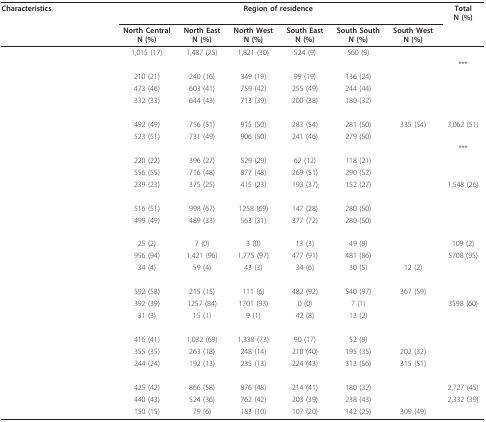
<table><thead><tr><td><b>Characteristics</b></td><td colspan="6"><b>Region of residence</b></td><td><b>TotalN (%)</b></td></tr><tr><td>[EMPTY_CELL]</td><td><b>North CentralN (%)</b></td><td><b>North EastN (%)</b></td><td><b>North WestN (%)</b></td><td><b>South EastN (%)</b></td><td><b>South SouthN (%)</b></td><td><b>South WestN (%)</b></td><td>[EMPTY_CELL]</td></tr></thead><tbody><tr><td>[EMPTY_CELL]</td><td>1,015 (17)</td><td>1,487 (25)</td><td>1,821 (30)</td><td>524 (9)</td><td>560 (9)</td><td>[EMPTY_CELL]</td><td>[EMPTY_CELL]</td></tr><tr><td>[EMPTY_CELL]</td><td>[EMPTY_CELL]</td><td>[EMPTY_CELL]</td><td>[EMPTY_CELL]</td><td>[EMPTY_CELL]</td><td>[EMPTY_CELL]</td><td>[EMPTY_CELL]</td><td>***</td></tr><tr><td>[EMPTY_CELL]</td><td>210 (21)</td><td>240 (16)</td><td>349 (19)</td><td>99 (19)</td><td>136 (24)</td><td>[EMPTY_CELL]</td><td>[EMPTY_CELL]</td></tr><tr><td>[EMPTY_CELL]</td><td>473 (46)</td><td>603 (41)</td><td>759 (42)</td><td>255 (49)</td><td>244 (44)</td><td>[EMPTY_CELL]</td><td>[EMPTY_CELL]</td></tr><tr><td>[EMPTY_CELL]</td><td>332 (33)</td><td>644 (43)</td><td>713 (39)</td><td>200 (38)</td><td>180 (32)</td><td>[EMPTY_CELL]</td><td>[EMPTY_CELL]</td></tr><tr><td>[EMPTY_CELL]</td><td>[EMPTY_CELL]</td><td>[EMPTY_CELL]</td><td>[EMPTY_CELL]</td><td>[EMPTY_CELL]</td><td>[EMPTY_CELL]</td><td>[EMPTY_CELL]</td><td>[EMPTY_CELL]</td></tr><tr><td>[EMPTY_CELL]</td><td>492 (49)</td><td>756 (51)</td><td>915 (50)</td><td>283 (54)</td><td>281 (50)</td><td>335 (54)</td><td>3,062 (51)</td></tr><tr><td>[EMPTY_CELL]</td><td>523 (51)</td><td>731 (49)</td><td>906 (50)</td><td>241 (46)</td><td>279 (50)</td><td>[EMPTY_CELL]</td><td>[EMPTY_CELL]</td></tr><tr><td>[EMPTY_CELL]</td><td>[EMPTY_CELL]</td><td>[EMPTY_CELL]</td><td>[EMPTY_CELL]</td><td>[EMPTY_CELL]</td><td>[EMPTY_CELL]</td><td>[EMPTY_CELL]</td><td>***</td></tr><tr><td>[EMPTY_CELL]</td><td>220 (22)</td><td>396 (27)</td><td>529 (29)</td><td>62 (12)</td><td>118 (21)</td><td>[EMPTY_CELL]</td><td>[EMPTY_CELL]</td></tr><tr><td>[EMPTY_CELL]</td><td>556 (55)</td><td>716 (48)</td><td>877 (48)</td><td>269 (51)</td><td>290 (52)</td><td>[EMPTY_CELL]</td><td>[EMPTY_CELL]</td></tr><tr><td>[EMPTY_CELL]</td><td>239 (23)</td><td>375 (25)</td><td>415 (23)</td><td>193 (37)</td><td>152 (27)</td><td>[EMPTY_CELL]</td><td>1,548 (26)</td></tr><tr><td>[EMPTY_CELL]</td><td>[EMPTY_CELL]</td><td>[EMPTY_CELL]</td><td>[EMPTY_CELL]</td><td>[EMPTY_CELL]</td><td>[EMPTY_CELL]</td><td>[EMPTY_CELL]</td><td>[EMPTY_CELL]</td></tr><tr><td>[EMPTY_CELL]</td><td>516 (51)</td><td>998 (67)</td><td>1258 (69)</td><td>147 (28)</td><td>280 (50)</td><td>[EMPTY_CELL]</td><td>[EMPTY_CELL]</td></tr><tr><td>[EMPTY_CELL]</td><td>499 (49)</td><td>489 (33)</td><td>563 (31)</td><td>377 (72)</td><td>280 (50)</td><td>[EMPTY_CELL]</td><td>[EMPTY_CELL]</td></tr><tr><td>[EMPTY_CELL]</td><td>[EMPTY_CELL]</td><td>[EMPTY_CELL]</td><td>[EMPTY_CELL]</td><td>[EMPTY_CELL]</td><td>[EMPTY_CELL]</td><td>[EMPTY_CELL]</td><td>[EMPTY_CELL]</td></tr><tr><td>[EMPTY_CELL]</td><td>25 (2)</td><td>7 (0)</td><td>3 (0)</td><td>13 (3)</td><td>49 (9)</td><td>[EMPTY_CELL]</td><td>109 (2)</td></tr><tr><td>[EMPTY_CELL]</td><td>956 (94)</td><td>1,421 (96)</td><td>1,775 (97)</td><td>477 (91)</td><td>481 (86)</td><td>[EMPTY_CELL]</td><td>5708 (95)</td></tr><tr><td>[EMPTY_CELL]</td><td>34 (4)</td><td>59 (4)</td><td>43 (3)</td><td>34 (6)</td><td>30 (5)</td><td>12 (2)</td><td>[EMPTY_CELL]</td></tr><tr><td>[EMPTY_CELL]</td><td>[EMPTY_CELL]</td><td>[EMPTY_CELL]</td><td>[EMPTY_CELL]</td><td>[EMPTY_CELL]</td><td>[EMPTY_CELL]</td><td>[EMPTY_CELL]</td><td>[EMPTY_CELL]</td></tr><tr><td>[EMPTY_CELL]</td><td>592 (58)</td><td>215 (15)</td><td>111 (6)</td><td>482 (92)</td><td>540 (97)</td><td>367 (59)</td><td>[EMPTY_CELL]</td></tr><tr><td>[EMPTY_CELL]</td><td>392 (39)</td><td>1257 (84)</td><td>1701 (93)</td><td>0 (0)</td><td>7 (1)</td><td>[EMPTY_CELL]</td><td>3598 (60)</td></tr><tr><td>[EMPTY_CELL]</td><td>31 (3)</td><td>15 (1)</td><td>9 (1)</td><td>42 (8)</td><td>13 (2)</td><td>[EMPTY_CELL]</td><td>[EMPTY_CELL]</td></tr><tr><td>[EMPTY_CELL]</td><td>[EMPTY_CELL]</td><td>[EMPTY_CELL]</td><td>[EMPTY_CELL]</td><td>[EMPTY_CELL]</td><td>[EMPTY_CELL]</td><td>[EMPTY_CELL]</td><td>[EMPTY_CELL]</td></tr><tr><td>[EMPTY_CELL]</td><td>416 (41)</td><td>1,032 (69)</td><td>1,338 (73)</td><td>90 (17)</td><td>52 (9)</td><td>[EMPTY_CELL]</td><td>[EMPTY_CELL]</td></tr><tr><td>[EMPTY_CELL]</td><td>355 (35)</td><td>263 (18)</td><td>248 (14)</td><td>210 (40)</td><td>195 (35)</td><td>202 (32)</td><td>[EMPTY_CELL]</td></tr><tr><td>[EMPTY_CELL]</td><td>244 (24)</td><td>192 (13)</td><td>235 (13)</td><td>224 (43)</td><td>313 (56)</td><td>315 (51)</td><td>[EMPTY_CELL]</td></tr><tr><td>[EMPTY_CELL]</td><td>[EMPTY_CELL]</td><td>[EMPTY_CELL]</td><td>[EMPTY_CELL]</td><td>[EMPTY_CELL]</td><td>[EMPTY_CELL]</td><td>[EMPTY_CELL]</td><td>[EMPTY_CELL]</td></tr><tr><td>[EMPTY_CELL]</td><td>425 (42)</td><td>866 (58)</td><td>876 (48)</td><td>214 (41)</td><td>180 (32)</td><td>[EMPTY_CELL]</td><td>2,727 (45)</td></tr><tr><td>[EMPTY_CELL]</td><td>440 (43)</td><td>524 (36)</td><td>762 (42)</td><td>203 (39)</td><td>238 (43)</td><td>[EMPTY_CELL]</td><td>2,332 (39)</td></tr><tr><td>[EMPTY_CELL]</td><td>150 (15)</td><td>79 (6)</td><td>183 (10)</td><td>107 (20)</td><td>142 (25)</td><td>309 (49)</td><td>[EMPTY_CELL]</td></tr></tbody></table>